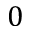
0